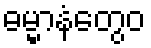
ဓမ္မာနံတွေဝ